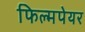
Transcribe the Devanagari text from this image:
फिल्मपेयर